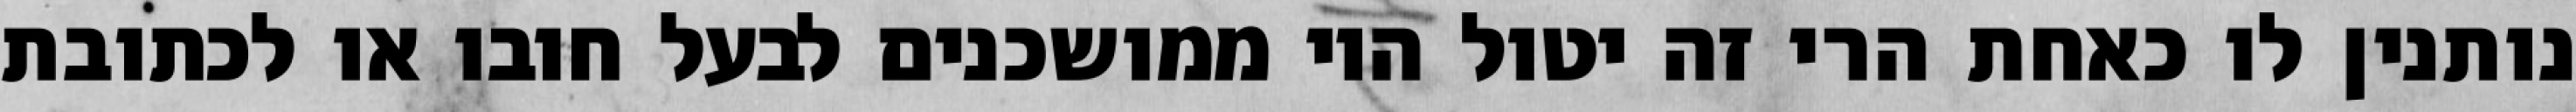
נותנין לו כאחת הרי זה יטול היו ממושכנים לבעל חובו או לכתובת